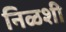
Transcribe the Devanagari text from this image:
निळशी